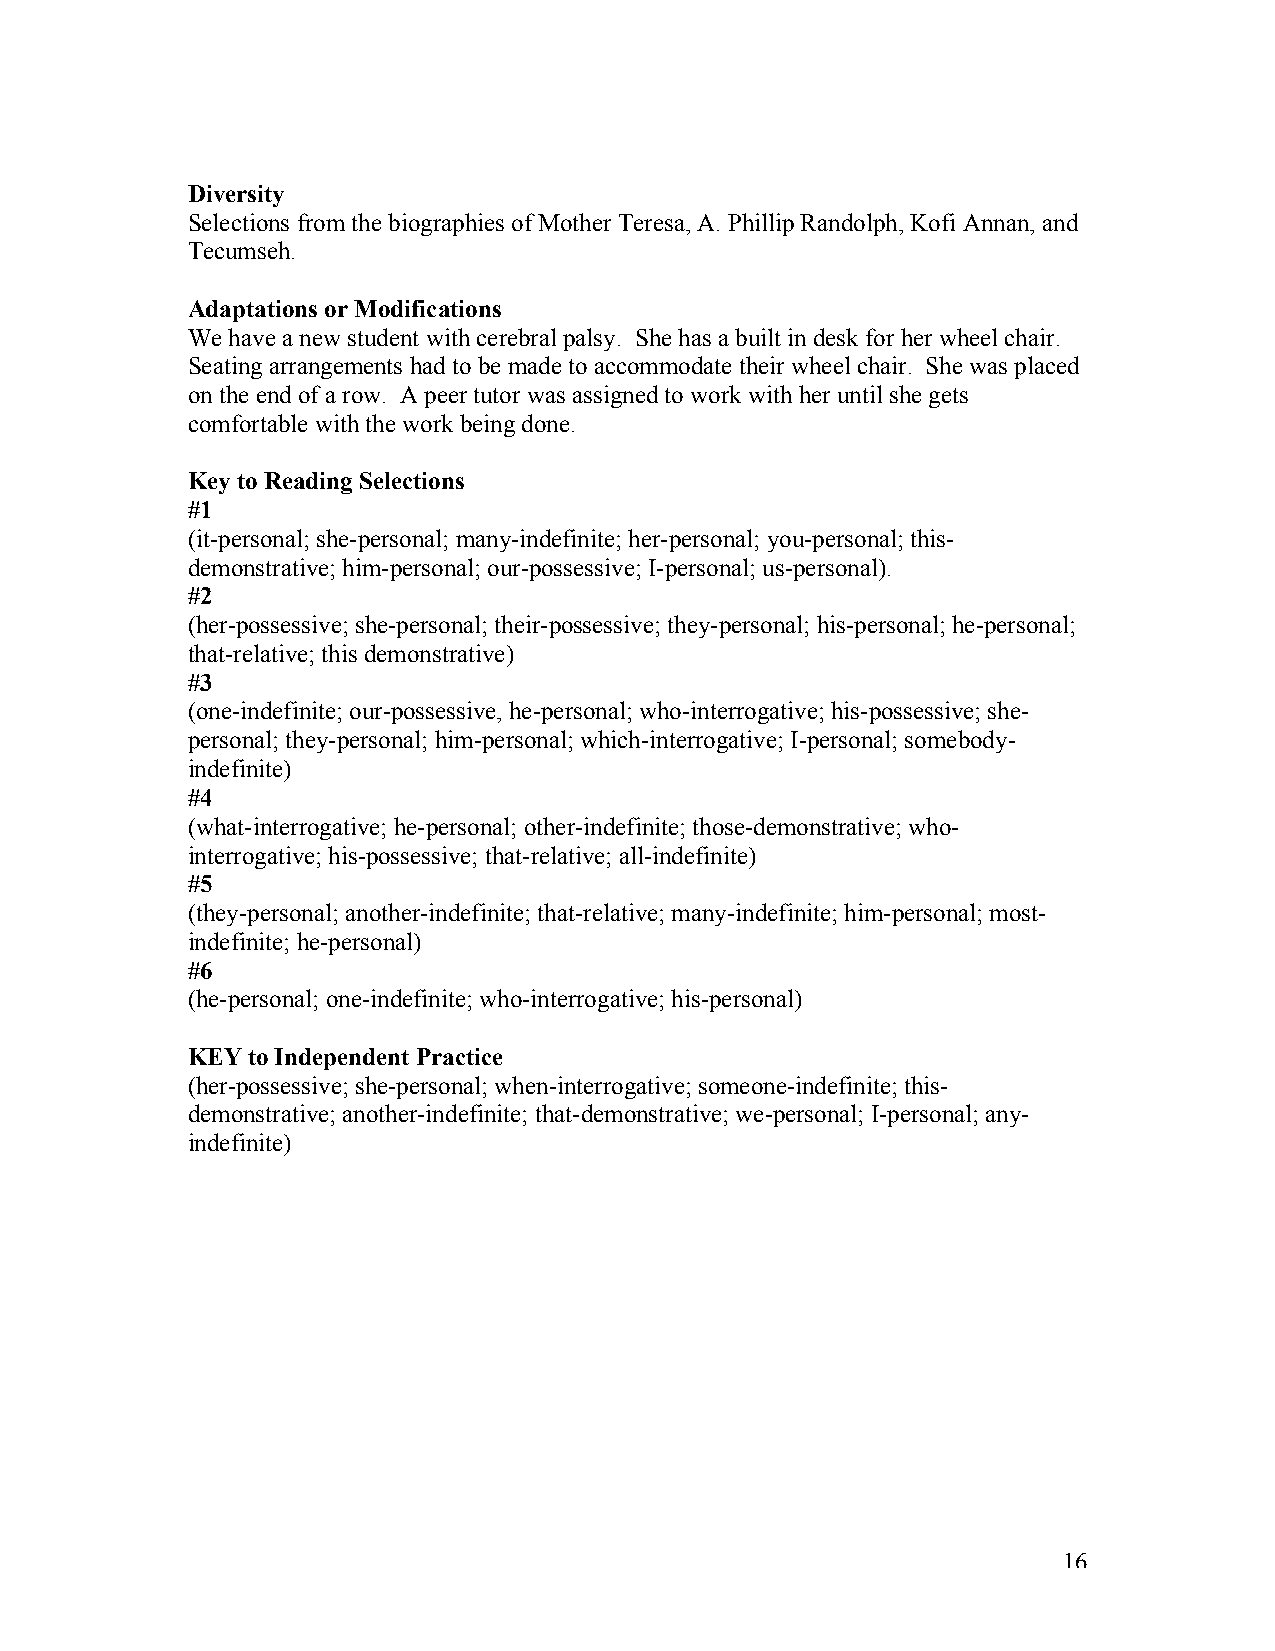
Diversity
 Selections from the biographies of Mother Teresa, A. Phillip Randolph, Kofi Annan, and
 Tecumseh.
 Adaptations or Modifications
 We have a new student with cerebral palsy. She has a built in desk for her wheel chair.
 Seating arrangements had to be made to accommodate their wheel chair. She was placed
 on the end of a row. A peer tutor was assigned to work with her until she gets
 comfortable with the work being done.
 Key to Reading Selections
 #1
 (it-personal; she-personal; many-indefinite; her-personal; you-personal; this-
 demonstrative; him-personal; our-possessive; I-personal; us-personal).
 #2
 (her-possessive; she-personal; their-possessive; they-personal; his-personal; he-personal;
 that-relative; this demonstrative)
 #3
 (one-indefinite; our-possessive, he-personal; who-interrogative; his-possessive; she-
 personal; they-personal; him-personal; which-interrogative; I-personal; somebody-
 indefinite)
 #4
 (what-interrogative; he-personal; other-indefinite; those-demonstrative; who-
 interrogative; his-possessive; that-relative; all-indefinite)
 #5
 (they-personal; another-indefinite; that-relative; many-indefinite; him-personal; most-
 indefinite; he-personal)
 #6
 (he-personal; one-indefinite; who-interrogative; his-personal)
 KEY to Independent Practice
 (her-possessive; she-personal; when-interrogative; someone-indefinite; this-
 demonstrative; another-indefinite; that-demonstrative; we-personal; I-personal; any-
 indefinite)
 16